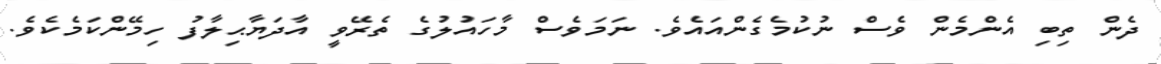
ދެން ތިބި އެންމެން ވެސް ނުކުމެގެންއައެވެ. ނަމަވެސް މާހައުލުގެ ތެރޭވީ އާދަޔާޙިލާފު ހިމޭންކަމެކެވެ.